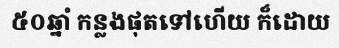
៥០ឆ្នាំ កន្លងផុតទៅហើយ ក៏ដោយ